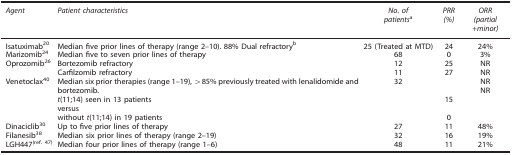
| Agent | Patient characteristics | No. of patientsa | PRR (%) | ORR (partial+minor) |
 | --- | --- | --- | --- | --- |
 | Isatuximab20 | Median five prior lines of therapy (range 2–10). 88% Dual refractoryb | 25 (Treated at MTD) | 24 | 24% |
 | Marizomib24 | Median five to seven prior lines of therapy | 68 | 0 | 3% |
 | Oprozomib26 | Bortezomib refractory | 12 | 25 | NR |
 |  | Carfilzomib refractory | 11 | 27 | NR |
 | Venetoclax40 | Median six prior therapies (range 1–19), >85% previously treated with lenalidomide and bortezomib.t(11;14) seen in 13 patientsversuswithout t(11;14) in 19 patients | 32 | 150 | NRNR |
 | Dinaciclib30 | Up to five prior lines of therapy | 27 | 11 | 48% |
 | Filanesib38 | Median six prior lines of therapy (range 2–19) | 32 | 16 | 19% |
 | LGH447(ref. 47) | Median four prior lines of therapy (range 1–6) | 48 | 11 | 21% |